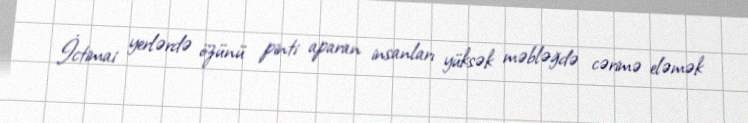
İctimai yerlərdə özünü pinti aparan insanları yüksək məbləğdə cərimə eləmək